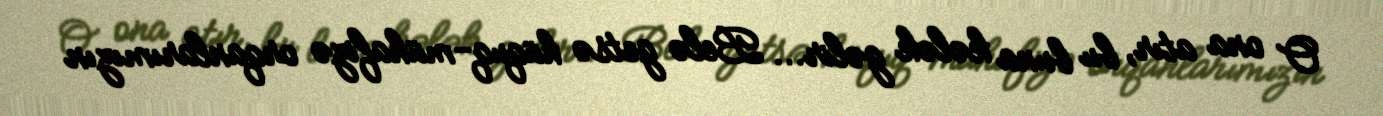
O ona atır, bu buna kələk gəlir... Belə getsə hüquq-mühafizə orqanlarımızın